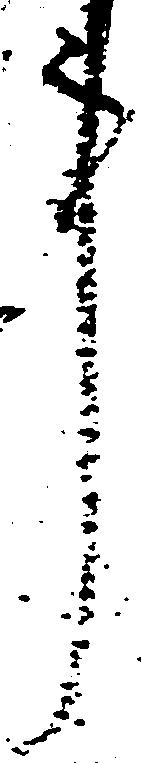
事